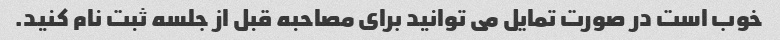
خوب است در صورت تمایل می توانید برای مصاحبه قبل از جلسه ثبت نام کنید.